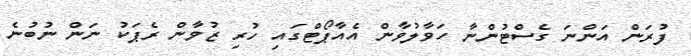
ފުރަން އަންނަ ގެސްޓުންނާ ހަވާލުވާން އެއާޕޯޓްގައި ހުރި ޒުވާން ރެޕަކު ނަން ނުބުނެ